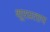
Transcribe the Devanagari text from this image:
शूरप्रताप